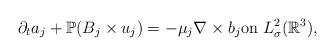
LaTeX: \begin{align*}\partial_t a_j+\mathbb{P}(B_j\times u_j)=-\mu_j\nabla \times b_j\textrm{on}\ L^{2}_{\sigma}(\mathbb{R}^{3}),\end{align*}